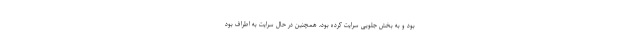
بود و به بخش جلویی سرایت کرده بود، همچنین در حال سرایت به اطراف بود